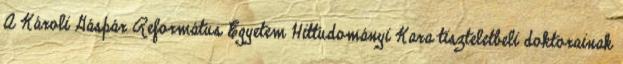
A Károli Gáspár Református Egyetem Hittudományi Kara tiszteletbeli doktorainak